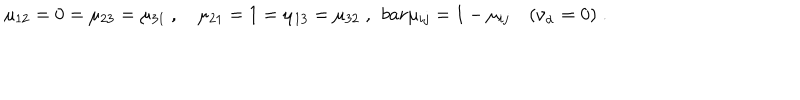
LaTeX: \mu _ { 1 2 } = 0 = \mu _ { 2 3 } = \mu _ { 3 1 } \ , \quad \mu _ { 2 1 } = 1 = \mu _ { 1 3 } = \mu _ { 3 2 } \; , \ \, b a r \mu _ { i j } = 1 - \mu _ { i j } \quad ( \nu _ { \alpha } = 0 ) \; .